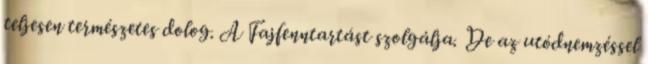
teljesen természetes dolog. A Fajfenntartást szolgálja. De az utódnemzéssel